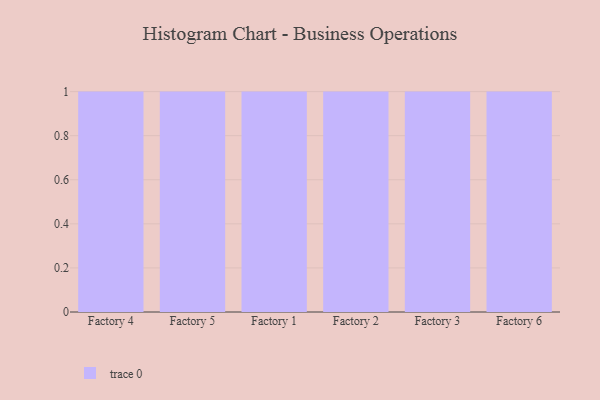
{"axis": {"x": "Factory", "y": "Market Share (%)"}, "legend": [""], "data": [{"x": "Factory 4", "y": 15, "type": ""}, {"x": "Factory 5", "y": 3, "type": ""}, {"x": "Factory 1", "y": 95, "type": ""}, {"x": "Factory 2", "y": 9, "type": ""}, {"x": "Factory 3", "y": 39, "type": ""}, {"x": "Factory 6", "y": 85, "type": ""}]}